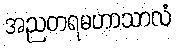
အညတရမဟာသာလံ